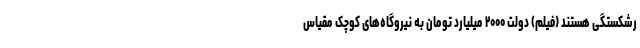
رشکستگی هستند (فیلم) دولت ۲۰۰۰ میلیارد تومان به نیروگاه‌های کوچک مقیاس